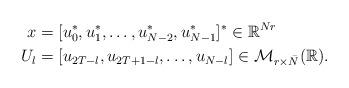
LaTeX: \begin{align*} x &= [u^*_0,u^*_1,\dots,u^*_{N-2},u^*_{N-1}]^* \in \mathbb{R}^{Nr}\\ U_l &= [u_{2T-l},u_{2T+1-l},\dots,u_{N-l}] \in \mathcal{M}_{r \times \bar{N} }(\mathbb{R}).\end{align*}